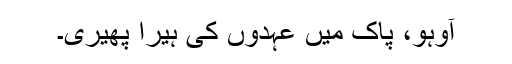
آوہو، پاک میں عہدوں کی ہیرا پھیری۔